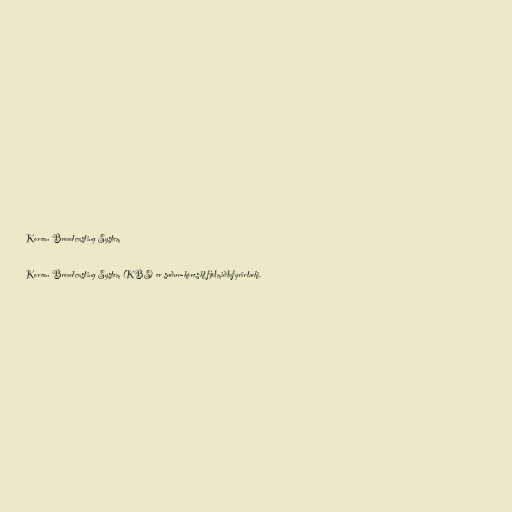
Korean Broadcasting System

Korean Broadcasting System (KBS) er suður-kóreskt fjölmiðlafyrirtæki.